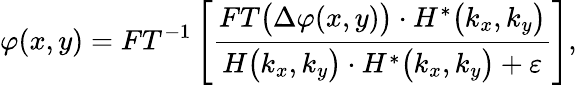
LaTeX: \varphi(x,y)=FT^{-1}\left[\frac{FT\bigl(\Delta\varphi(x,y)\bigr)\cdot H^{*}\bigl(k_{x},k_{y}\bigr)}{H\bigl(k_{x},k_{y}\bigr)\cdot H^{*}\bigl(k_{x},k_{y}\bigr)+\varepsilon}\right],